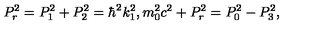
P _ { r } ^ { 2 } = P _ { 1 } ^ { 2 } + P _ { 2 } ^ { 2 } = \hbar ^ { 2 } k _ { 1 } ^ { 2 } , m _ { 0 } ^ { 2 } c ^ { 2 } + P _ { r } ^ { 2 } = P _ { 0 } ^ { 2 } - P _ { 3 } ^ { 2 } ,